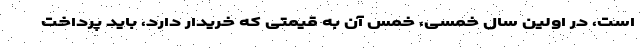
است، در اولین سال خمسی، خمس آن به قیمتی که خریدار دارد، باید پرداخت